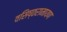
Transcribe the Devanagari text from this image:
वसिष्ठरामायण